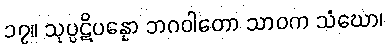
၁၇။ သုပ္ပဋိပန္နော ဘဂဝါတော သာဝက သံဃော၊